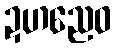
ဍဟညေဝ